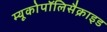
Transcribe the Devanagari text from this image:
म्यूकोपॉलिसैक्राइड